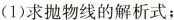
(1)求抛物线的解析式；